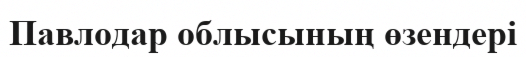
Павлодар облысының өзендері